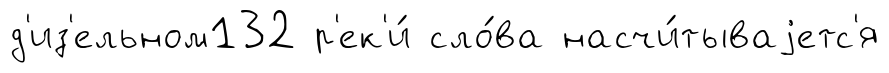
д'из'ельном132 р'ек'и́ сло́ва насчи́тываjетс'я